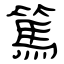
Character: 篤